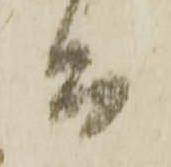
而